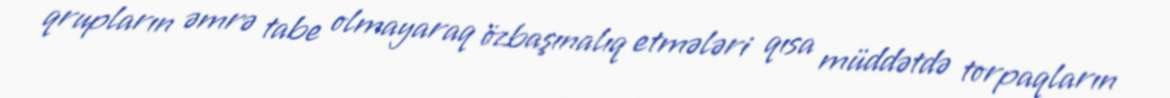
qrupların əmrə tabe olmayaraq özbaşınalıq etmələri qısa müddətdə torpaqların